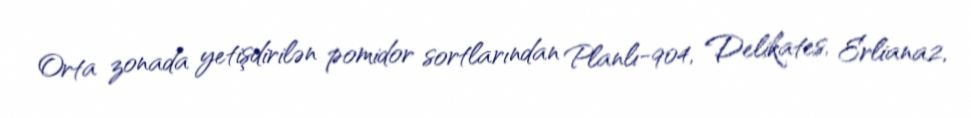
Orta zonada yetişdirilən pomidor sortlarından Planlı-904, Delikates, Erliana2,